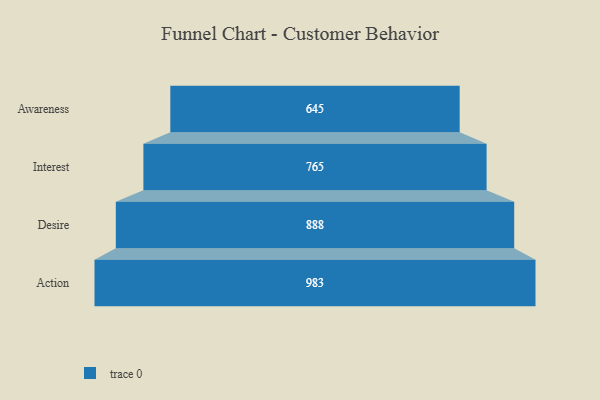
{"axis": {"x": "Stage", "y": "Value"}, "legend": [""], "data": [{"x": "Awareness", "y": 645.0, "type": ""}, {"x": "Interest", "y": 765.0, "type": ""}, {"x": "Desire", "y": 888.0, "type": ""}, {"x": "Action", "y": 983.0, "type": ""}]}